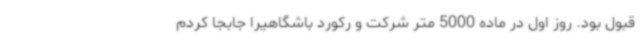
قبول بود. روز اول در ماده 5000 متر شرکت و رکورد باشگاهیرا جابجا کردم